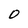
Character: 0